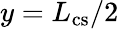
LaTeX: y=L_{\mathrm{{cs}}}/2